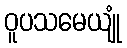
ဝူပသမေယျုံ